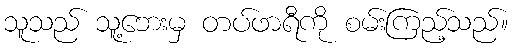
သူသည် သူ့ဘေးမှ တပ်ဖာရီကို စမ်းကြည့်သည်။